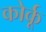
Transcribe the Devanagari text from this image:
कोर्कू